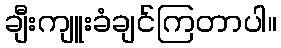
ချီးကျူးခံချင်ကြတာပါ။